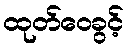
ထုတ်ဝေခွင့်